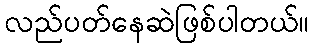
လည်ပတ်နေဆဲဖြစ်ပါတယ်။